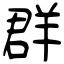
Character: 群